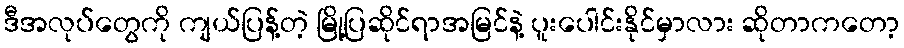
ဒီအလုပ်တွေကို ကျယ်ပြန့်တဲ့ မြို့ပြဆိုင်ရာအမြင်နဲ့ ပူးပေါင်းနိုင်မှာလား ဆိုတာကတော့